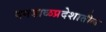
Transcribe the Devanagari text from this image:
दगडाळप्रदेशातील